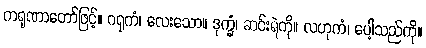
ကရုဏာတော်ဖြင့်။ ဂရုကံ၊ လေးသော။ ဒုက္ခံ၊ ဆင်းရဲကို။ လဟုကံ၊ ပေါ့သည်ကို။